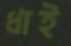
ধাই